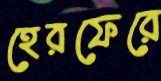
হেরফেরে